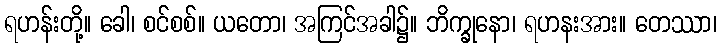
ရဟန်းတို့။ ခေါ၊ စင်စစ်။ ယတော၊ အကြင်အခါ၌။ ဘိက္ခုနော၊ ရဟနးအား။ တေဿာ၊